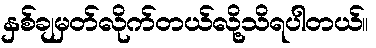
နှစ်ချမှတ်လိုက်တယ်လို့သိရပါတယ်။